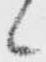
候